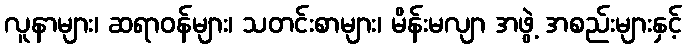
လူနာများ၊ ဆရာဝန်များ၊ သတင်းစာများ၊ မိန်းမလျာ အဖွဲ့ အစည်းများနှင့်